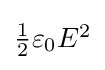
{\textstyle {\frac {1}{2}}\varepsilon _{0}E^{2}}